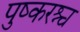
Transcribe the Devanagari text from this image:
पुष्करश्च